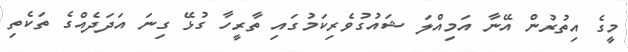
މީގެ އިތުރުން އޭނާ އަމިއްލަ ޝައުގުވެރިކަމުގައި ތާރީހާ ގުޅޭ ގިނަ އަދަދެއްގެ ތަކެތި